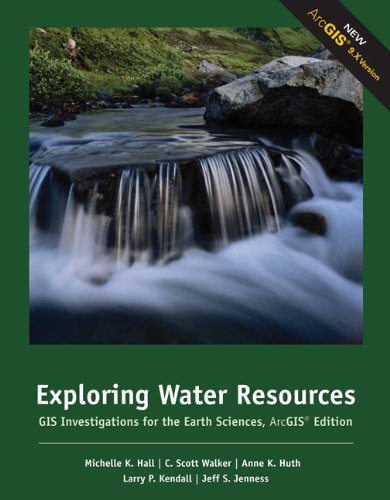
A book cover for Exploring Water Resources: GIS Investigations for the Earth Sciences, ArcGIS Edition; Michelle K. Hall; Science & Math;